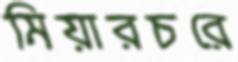
মিয়ারচরে